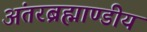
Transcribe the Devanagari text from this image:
अंतरब्रह्माण्डीय